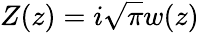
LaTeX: Z(z)=i\sqrt{\pi}w(z)